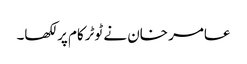
عامر خان نے ٹوٹرکام پر لکھا۔